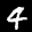
Label: 4